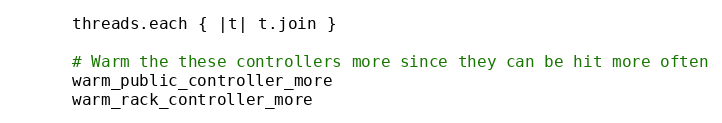
Language: Ruby
      threads.each { |t| t.join }

      # Warm the these controllers more since they can be hit more often
      warm_public_controller_more
      warm_rack_controller_more